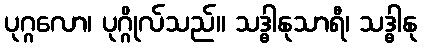
ပုဂ္ဂလော၊ ပုဂ္ဂိုလ်သည်။ သဒ္ဓါနုသာရီ၊ သဒ္ဓါနု